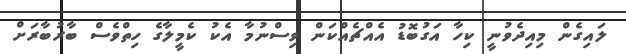
ލައިގެން މިއިދެވުނީ ކިހާ އަގުބޮޑު އެއްޗެއްކަން ވިސްނުމާ އެކު ކެމީލާގެ ހިތްވެސް ބާރުބާރަށް